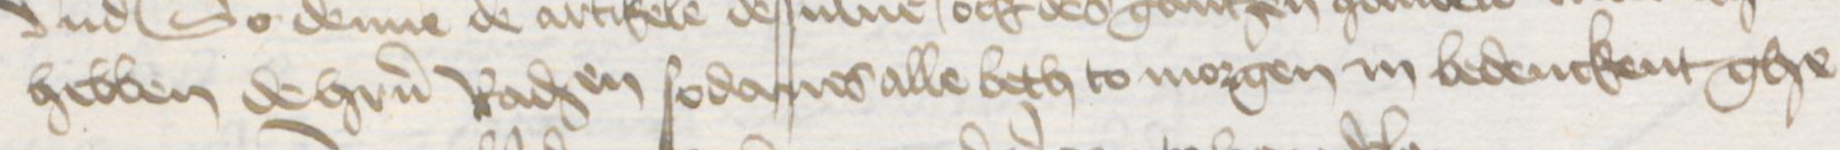
hebben de hrren Raden sodanes alle beth to morgen in bedenckent ghe¬